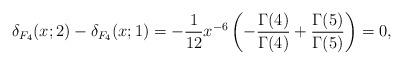
LaTeX: \begin{align*}\delta_{F_{4}}(x;2)-\delta_{F_{4}}(x;1)=-{1\over 12}x^{-6}\left(-{\Gamma(4)\over \Gamma(4)}+{\Gamma(5)\over \Gamma(5)}\right)=0,\end{align*}